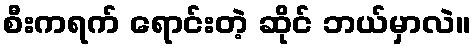
စီးကရက် ရောင်းတဲ့ ဆိုင် ဘယ်မှာလဲ။